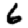
Digit: 6